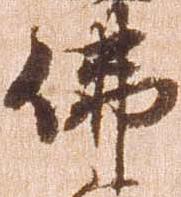
仏